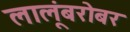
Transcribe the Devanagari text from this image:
लालूंबरोबर